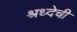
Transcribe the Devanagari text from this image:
श्रध्देची